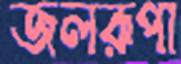
জলরূপা